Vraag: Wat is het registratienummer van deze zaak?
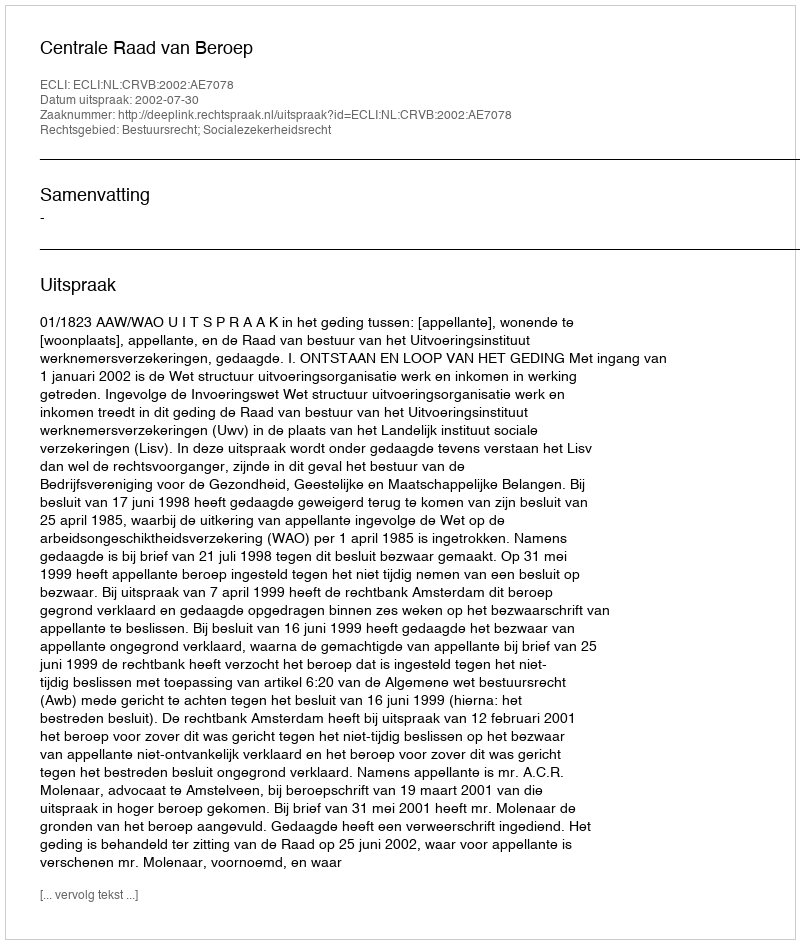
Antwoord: http://deeplink.rechtspraak.nl/uitspraak?id=ECLI:NL:CRVB:2002:AE7078